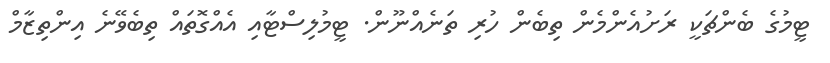
ޓީމުގެ ބެންޗަކީ ރަށުއެންމެން ތިބެން ހުރި ތަނެއްނޫން. ޓީމުލިސްޓާއި އެއްގޮތައް ތިބެވޭނެ އިންތިޒާމް